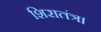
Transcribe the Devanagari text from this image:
शिरातंत्र।